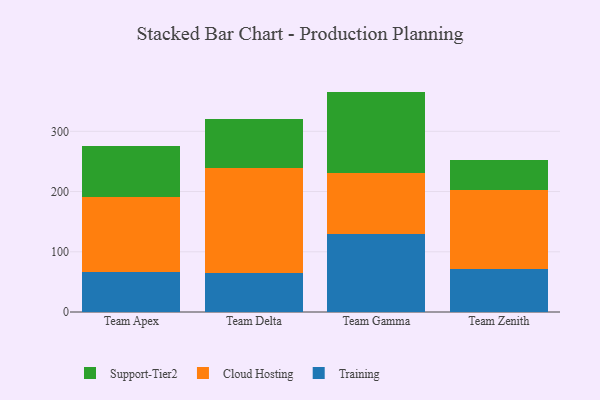
{"axis": {"x": "Team", "y": "Active Users"}, "legend": ["Cloud Hosting", "Support-Tier2", "Training"], "data": [{"x": "Team Apex", "y": 66.5, "type": "Training"}, {"x": "Team Apex", "y": 124.7, "type": "Cloud Hosting"}, {"x": "Team Apex", "y": 84.8, "type": "Support-Tier2"}, {"x": "Team Delta", "y": 65.0, "type": "Training"}, {"x": "Team Delta", "y": 174.6, "type": "Cloud Hosting"}, {"x": "Team Delta", "y": 80.3, "type": "Support-Tier2"}, {"x": "Team Gamma", "y": 129.2, "type": "Training"}, {"x": "Team Gamma", "y": 101.4, "type": "Cloud Hosting"}, {"x": "Team Gamma", "y": 135.4, "type": "Support-Tier2"}, {"x": "Team Zenith", "y": 71.4, "type": "Training"}, {"x": "Team Zenith", "y": 130.4, "type": "Cloud Hosting"}, {"x": "Team Zenith", "y": 50.5, "type": "Support-Tier2"}]}